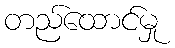
တည်ထောင်မှု